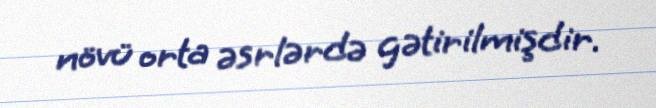
növü orta əsrlərdə gətirilmişdir.